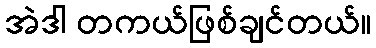
အဲဒါ တကယ်ဖြစ်ချင်တယ်။